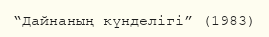
“Дайнаның күнделігі” (1983)